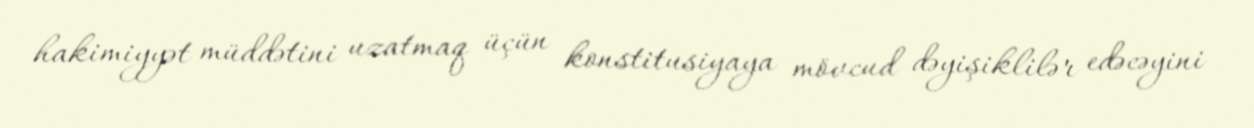
hakimiyyət müddətini uzatmaq üçün konstitusiyaya mövcud dəyişiklilər edəcəyini